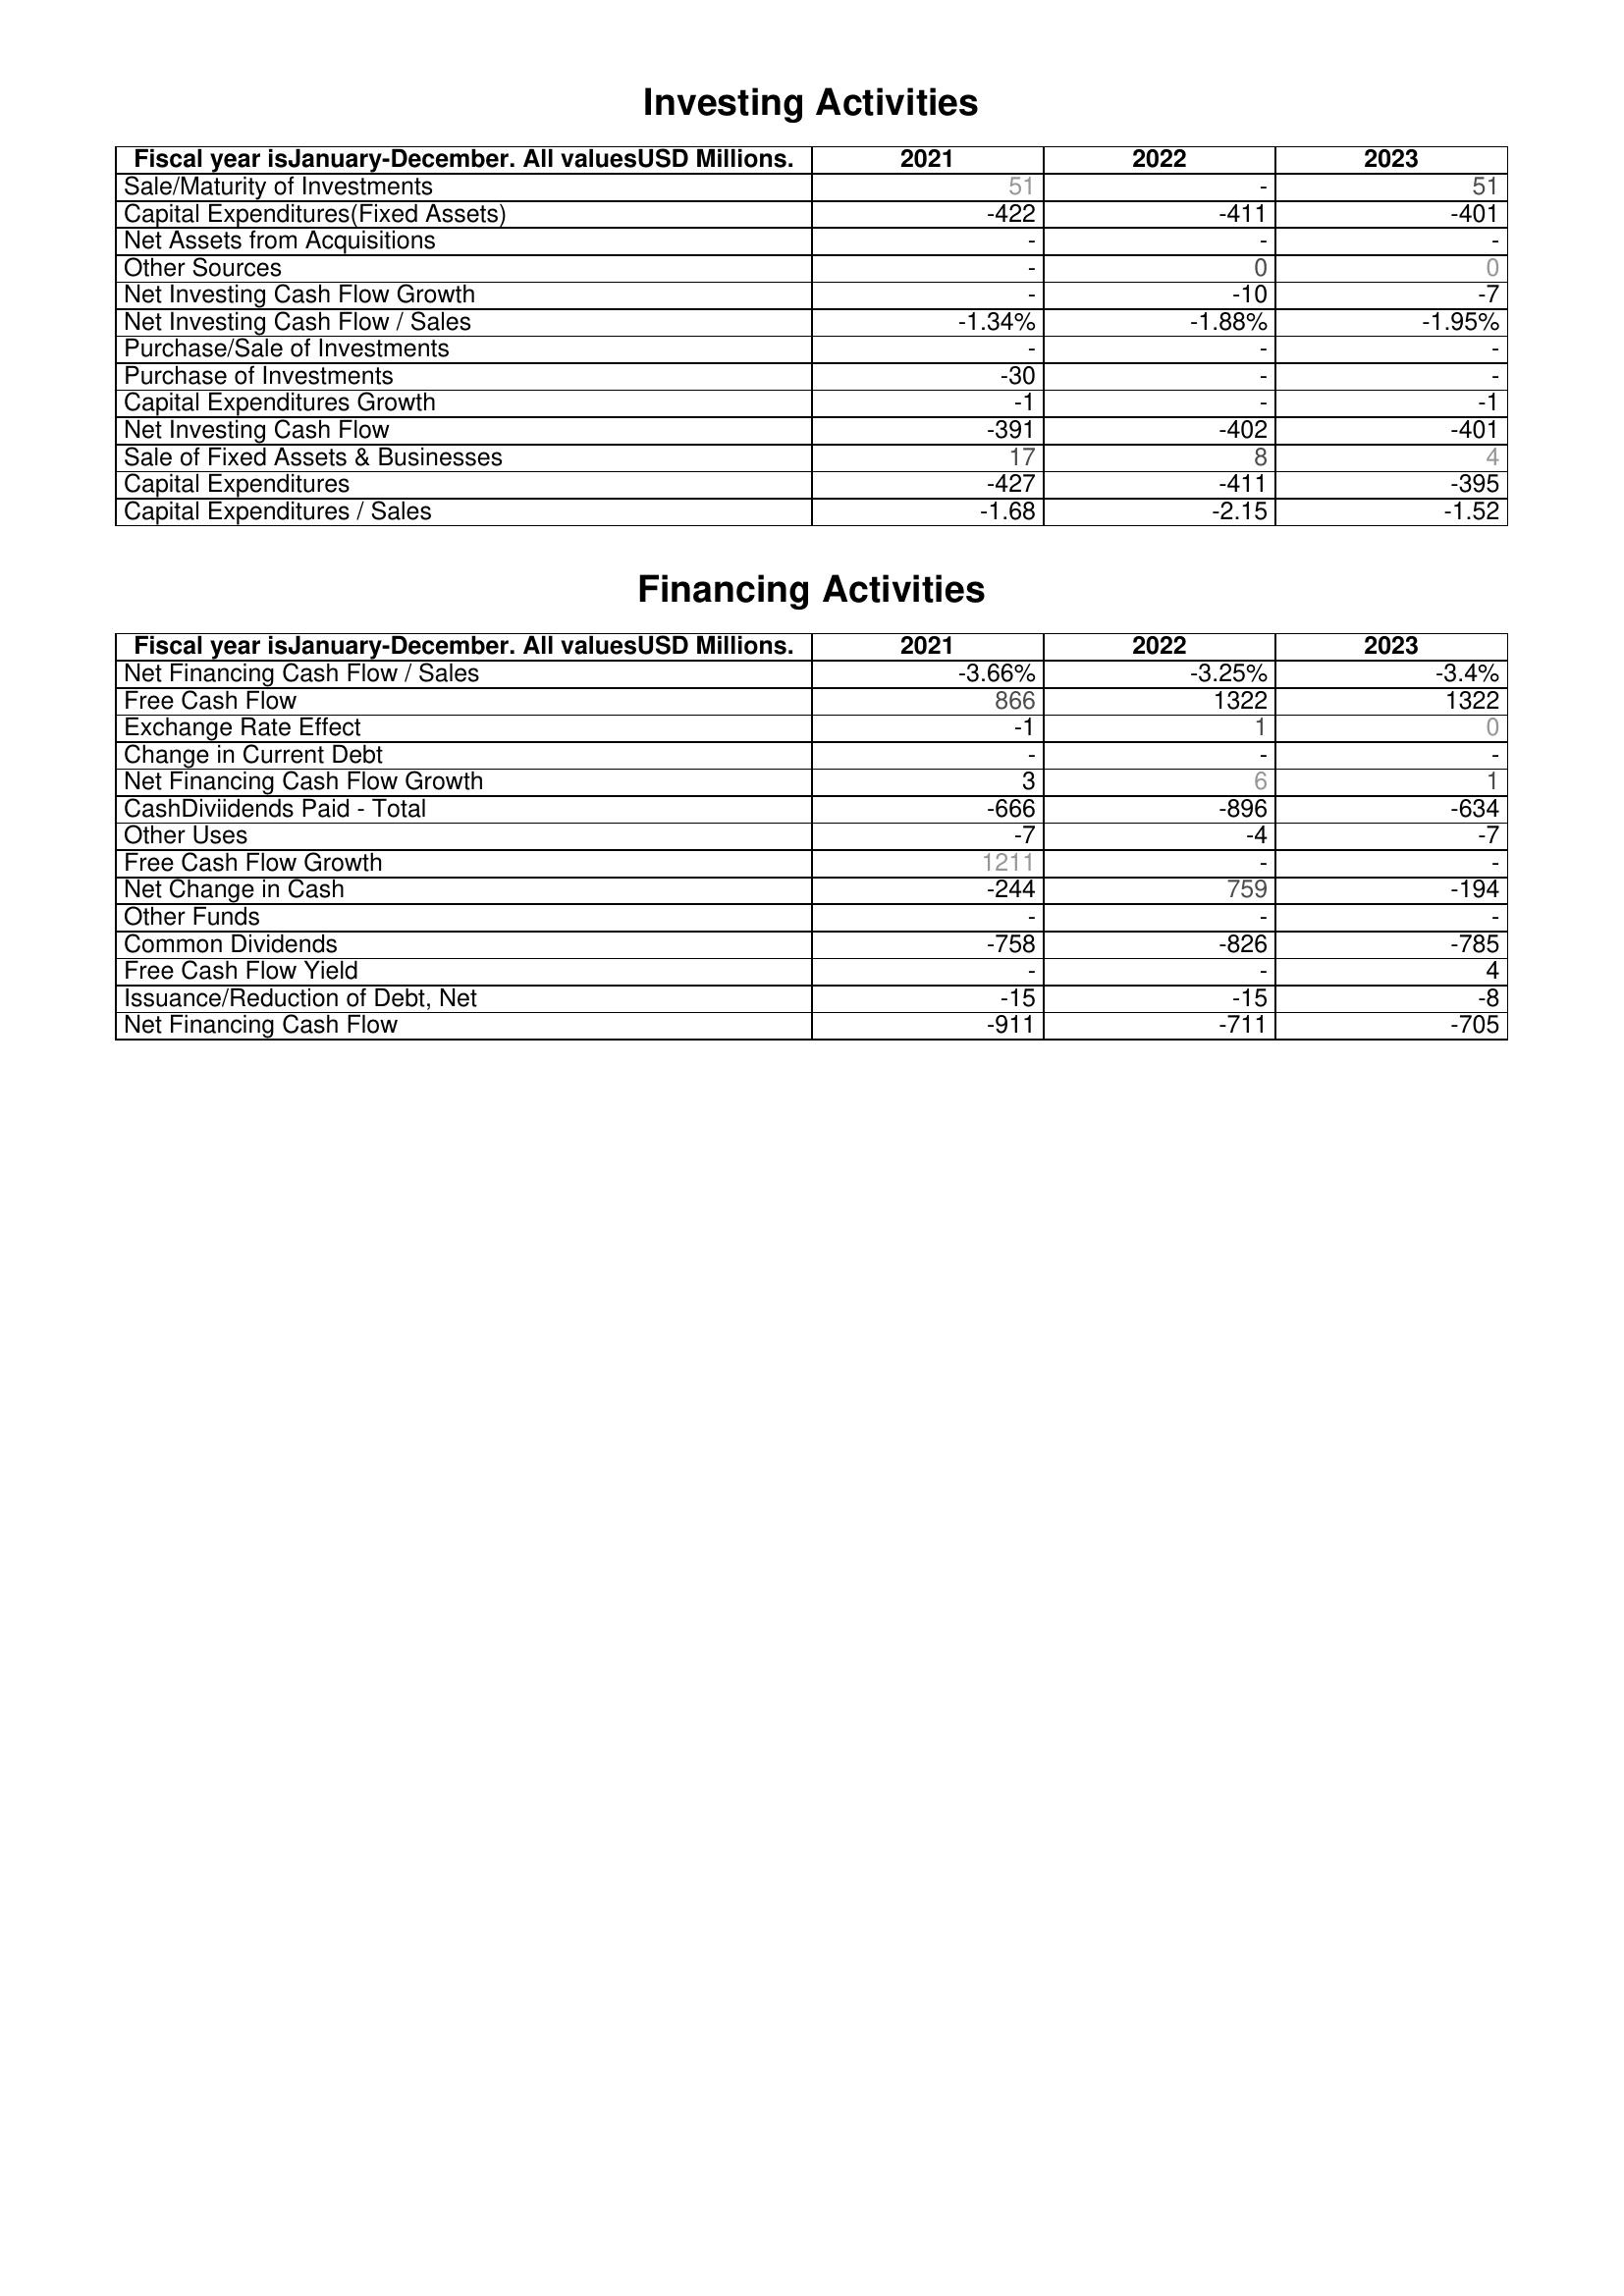
2021: Investing Activities: Sale/Maturity of Investments: 51
Capital Expenditures(Fixed Assets): -422
Net Assets from Acquisitions: -
Other Sources: -
Net Investing Cash Flow Growth: -
Net Investing Cash Flow / Sales: -1.34%
Purchase/Sale of Investments: -
Purchase of Investments: -30
Capital Expenditures Growth: -1
Net Investing Cash Flow: -391
Sale of Fixed Assets & Businesses: 17
Capital Expenditures: -427
Capital Expenditures / Sales: -1.68
Financing Activities: Net Financing Cash Flow / Sales: -3.66%
Free Cash Flow: 866
Exchange Rate Effect: -1
Change in Current Debt: -
Net Financing Cash Flow Growth: 3
CashDiviidends Paid - Total: -666
Other Uses: -7
Free Cash Flow Growth: 1211
Net Change in Cash: -244
Other Funds: -
Common Dividends: -758
Free Cash Flow Yield: -
Issuance/Reduction of Debt, Net: -15
Net Financing Cash Flow: -911
2022: Investing Activities: Sale/Maturity of Investments: -
Capital Expenditures(Fixed Assets): -411
Net Assets from Acquisitions: -
Other Sources: 0
Net Investing Cash Flow Growth: -10
Net Investing Cash Flow / Sales: -1.88%
Purchase/Sale of Investments: -
Purchase of Investments: -
Capital Expenditures Growth: -
Net Investing Cash Flow: -402
Sale of Fixed Assets & Businesses: 8
Capital Expenditures: -411
Capital Expenditures / Sales: -2.15
Financing Activities: Net Financing Cash Flow / Sales: -3.25%
Free Cash Flow: 1322
Exchange Rate Effect: 1
Change in Current Debt: -
Net Financing Cash Flow Growth: 6
CashDiviidends Paid - Total: -896
Other Uses: -4
Free Cash Flow Growth: -
Net Change in Cash: 759
Other Funds: -
Common Dividends: -826
Free Cash Flow Yield: -
Issuance/Reduction of Debt, Net: -15
Net Financing Cash Flow: -711
2023: Investing Activities: Sale/Maturity of Investments: 51
Capital Expenditures(Fixed Assets): -401
Net Assets from Acquisitions: -
Other Sources: 0
Net Investing Cash Flow Growth: -7
Net Investing Cash Flow / Sales: -1.95%
Purchase/Sale of Investments: -
Purchase of Investments: -
Capital Expenditures Growth: -1
Net Investing Cash Flow: -401
Sale of Fixed Assets & Businesses: 4
Capital Expenditures: -395
Capital Expenditures / Sales: -1.52
Financing Activities: Net Financing Cash Flow / Sales: -3.4%
Free Cash Flow: 1322
Exchange Rate Effect: 0
Change in Current Debt: -
Net Financing Cash Flow Growth: 1
CashDiviidends Paid - Total: -634
Other Uses: -7
Free Cash Flow Growth: -
Net Change in Cash: -194
Other Funds: -
Common Dividends: -785
Free Cash Flow Yield: 4
Issuance/Reduction of Debt, Net: -8
Net Financing Cash Flow: -705